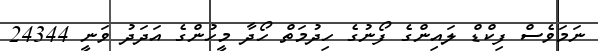
ނަމަވެސް ފިކްޑް ލައިންގެ ފޯނުގެ ހިދުމަތް ހޯދާ މީހުންގެ އަދަދު ވަނީ 24344